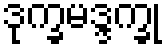
ဒုက္ခမဒ္ဒက္ခု